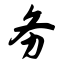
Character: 务